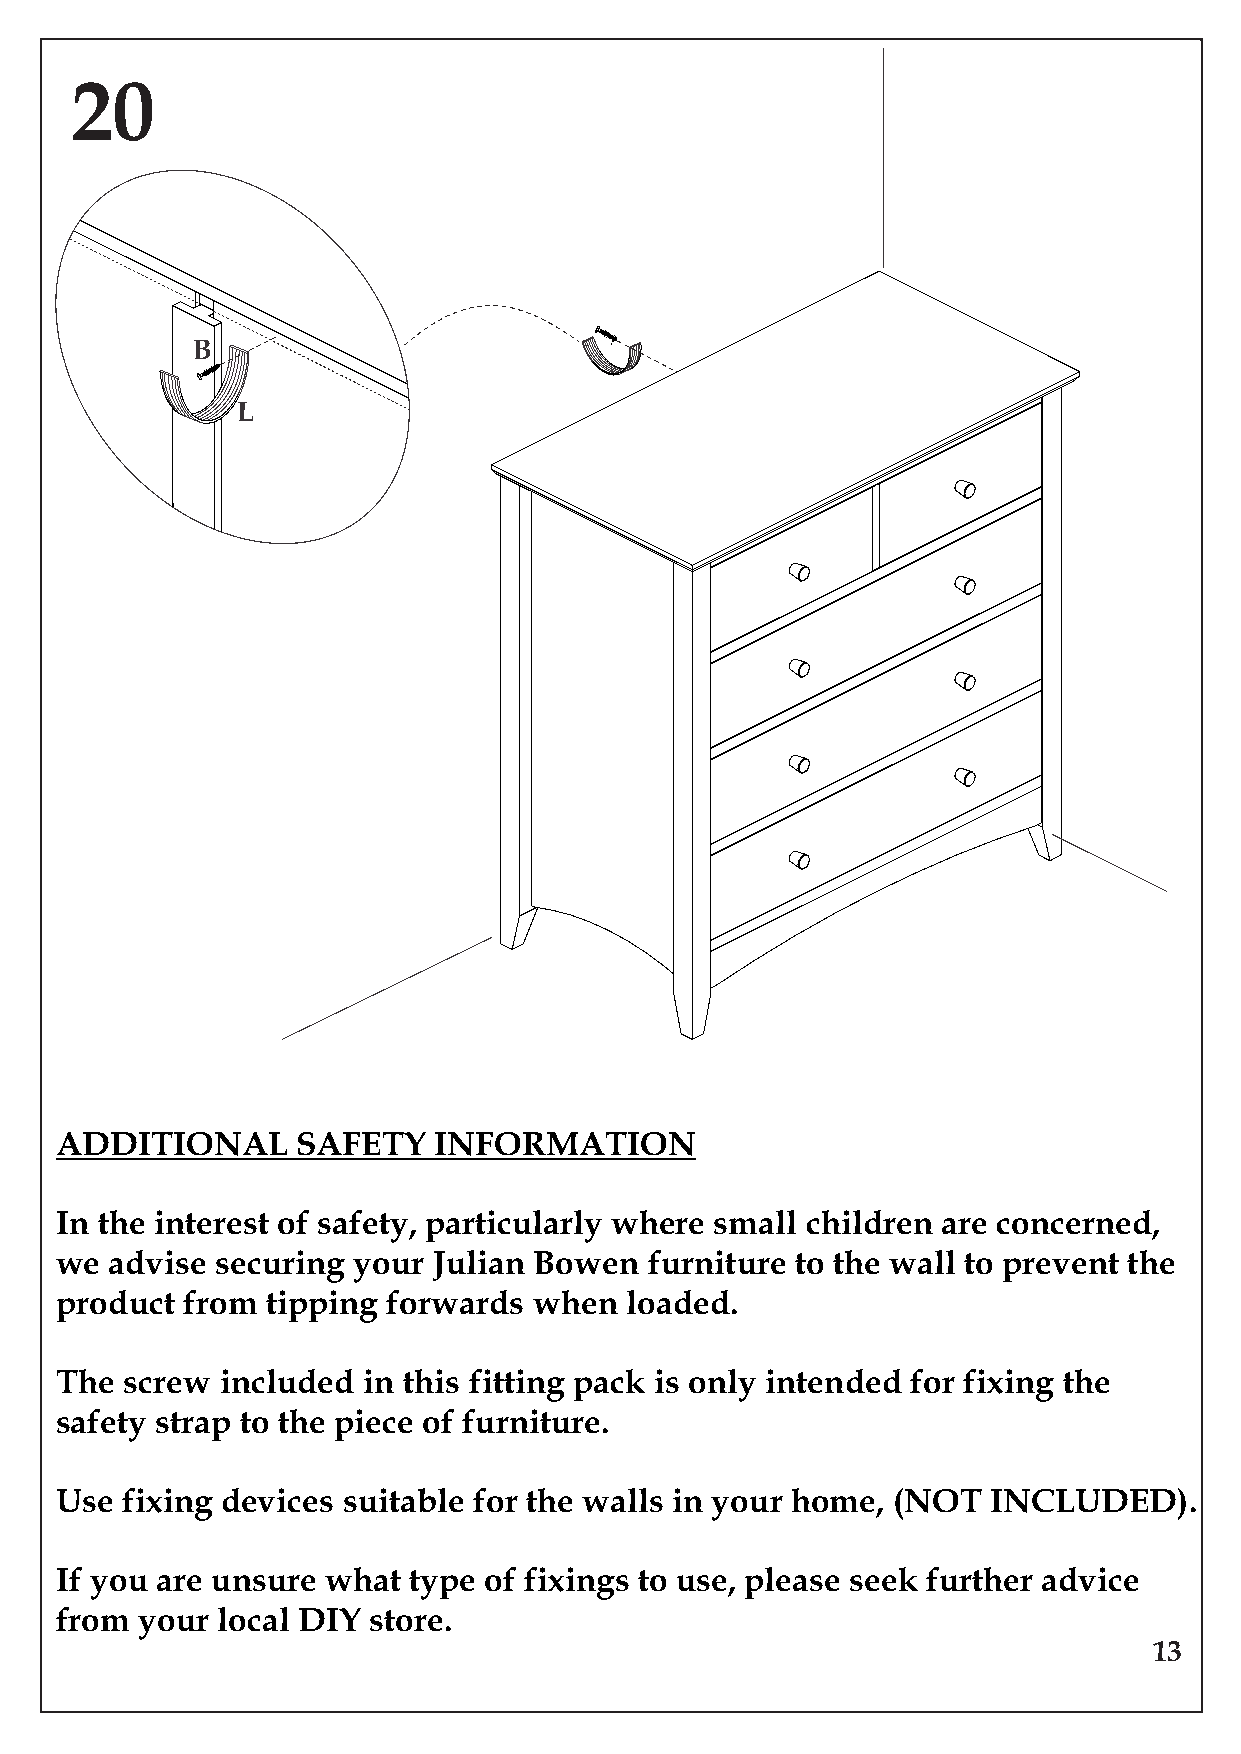
20
 B
 L
 ADDITIONAL      SAFETY   INFORMATION
 In the interest of safety, particularly where small children are concerned,
 we advise securing your  Julian Bowen  furniture to the wall to prevent the
 product from  tipping forwards when  loaded.
 The screw  included in this fitting pack is only intended for fixing the
 safety strap to the piece of furniture.
 Use fixing devices suitable for the walls in your home, (NOT  INCLUDED).
 If you are unsure what type of fixings to use, please seek further advice
 from your local DIY store.
 13